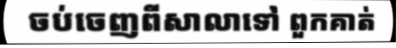
ចប់ចេញពីសាលាទៅ ពួកគាត់